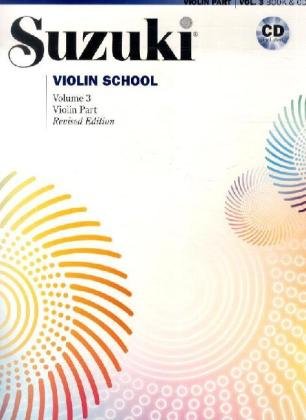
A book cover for Suzuki Violin School: Violin Part & CD, Vol. 3; Humor & Entertainment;